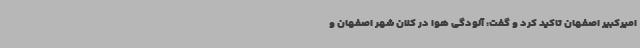
امیرکبیر اصفهان تاکید کرد و گفت: آلودگی هوا در کلان شهر اصفهان و